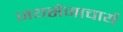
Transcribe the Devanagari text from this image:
जयसेनाचार्य